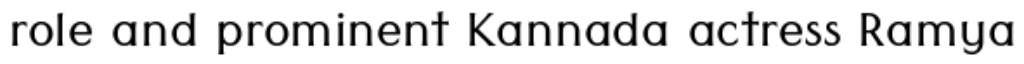
role and prominent Kannada actress Ramya